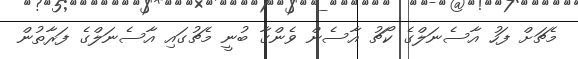
މެޗަށް ފަހު އާސެނަލްގެ ކޯޗު އާސެން ވެންގާ ބުނީ މެޗުގައި އާސެނަލްގެ ފަރާތުން